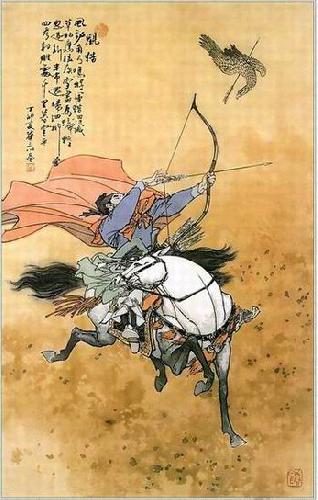
草枯鹰眼疾，雪尽马蹄轻。